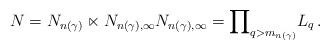
LaTeX: \begin{align*}N = N_{n(\gamma)} \ltimes N_{n(\gamma),\infty} N_{n(\gamma),\infty} = {\prod}_{q > m_{n(\gamma)}} L_q\,.\end{align*}